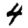
Digit: 4